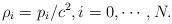
LaTeX: \begin{align*}\rho_i=p_i/c^2, i=0,\cdots,N.\end{align*}